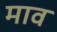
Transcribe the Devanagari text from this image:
माव